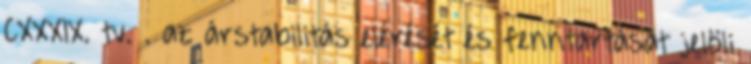
CXXXIX. tv. . az árstabilitás elérését és fenntartását jelöli